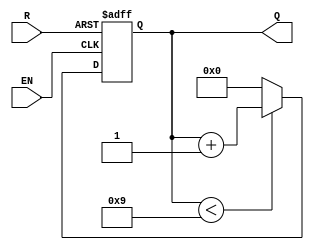
module BCD_Asynchronous_Counter (
    input wire EN,    // Enable signal
    input wire R,     // Asynchronous reset
    output reg [3:0] Q // BCD output
);

// Asynchronous reset and counting logic
always @ (posedge EN or posedge R) begin
    if (R) begin
        // Reset the counter to 0
        Q <= 4'b0000;
    end else begin
        // Count logic
        if (Q < 4'b1001) begin
            Q <= Q + 1; // Increment the counter
        end else begin
            Q <= 4'b0000; // Wrap around to 0 after 9
        end
    end
end

endmodule